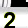
Digit: 2